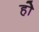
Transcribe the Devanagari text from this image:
होे